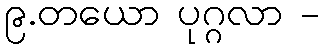
၉.တယော ပုဂ္ဂလာ -